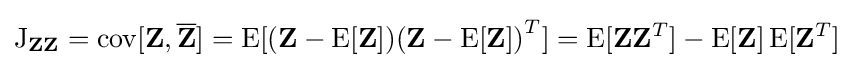
\operatorname {J} _{\mathbf {Z} \mathbf {Z} }=\operatorname {cov} [\mathbf {Z} ,{\overline {\mathbf {Z} }}]=\operatorname {E} [(\mathbf {Z} -\operatorname {E} [\mathbf {Z} ]){(\mathbf {Z} -\operatorname {E} [\mathbf {Z} ])}^{T}]=\operatorname {E} [\mathbf {Z} \mathbf {Z} ^{T}]-\operatorname {E} [\mathbf {Z} ]\operatorname {E} [\mathbf {Z} ^{T}]